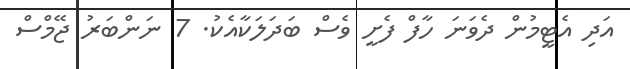
އަދި އެޓީމުން ދެވަނަ ހާފް ފެށީ ވެސް ބަދަލަކާއެކު. 7 ނަންބަރު ޖޭމްސް